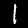
Digit: 1